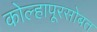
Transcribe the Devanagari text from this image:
कोल्हापूरसोबत